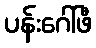
ပန်းဂေါ်ဖီ